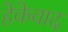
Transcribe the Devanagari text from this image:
हेकेवाद